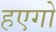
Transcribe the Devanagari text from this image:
हएगो